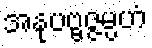
အနုပဗ္ဗဇ္ဇမ္ပဟံ